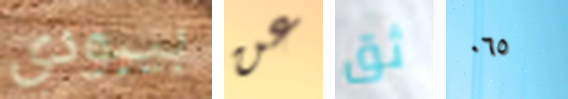
بيبودي عن ثق ٠٦٥